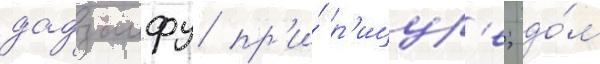
дадзаифу пр'и́ р'ицур'е; до́м